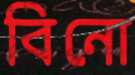
বিনো